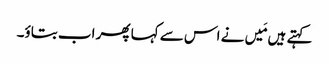
کہتے ہیں مَیں نے اس سے کہا پھر اب بتاؤ۔